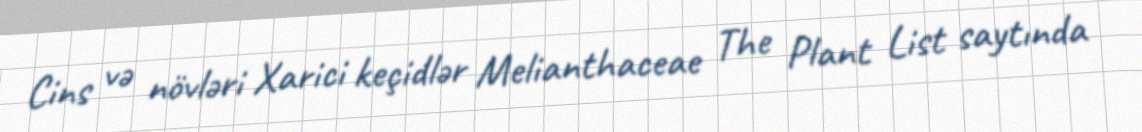
Cins və növləri Xarici keçidlər Melianthaceae The Plant List saytında